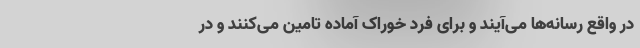
در واقع رسانه‌ها می‌آیند و برای فرد خوراک آماده تامین می‌کنند و در